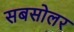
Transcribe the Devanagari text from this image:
सबसोलर